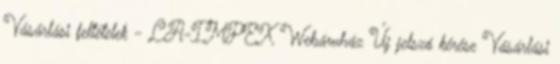
Vásárlási feltételek - LA-IMPEX Webáruház Új jelszó kérése Vásárlási